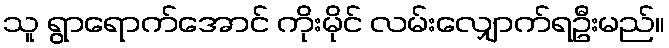
သူ ရွာရောက်အောင် ကိုးမိုင် လမ်းလျှောက်ရဦးမည်။